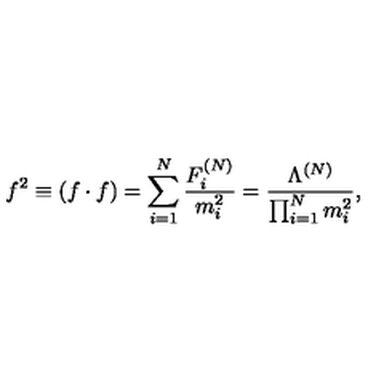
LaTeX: f ^ { 2 } \equiv ( f \cdot f ) = \sum _ { i = 1 } ^ { N } \frac { F _ { i } ^ { ( N ) } } { m _ { i } ^ { 2 } } = \frac { \Lambda ^ { ( N ) } } { \prod _ { i = 1 } ^ { N } m _ { i } ^ { 2 } } ,